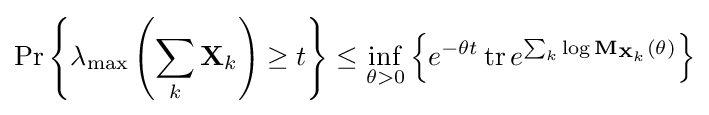
\Pr \left\{\lambda _{\max }\left(\sum _{k}\mathbf {X} _{k}\right)\geq t\right\}\leq \inf _{\theta >0}\left\{e^{-\theta t}\operatorname {tr} e^{\sum _{k}\log \mathbf {M} _{\mathbf {X} _{k}}(\theta )}\right\}